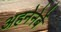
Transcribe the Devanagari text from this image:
अहनेनेर्बे